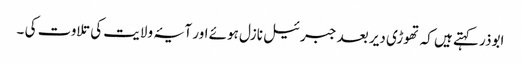
ابوذر کہتے ہیں کہ تھوڑی دیر بعد جبرئیل نازل ہوئے اور آیۂ ولایت کی تلاوت کی ۔